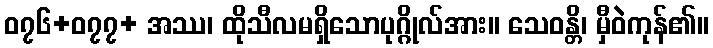
၀၇၆+၀၇၇+ အဿ၊ ထိုသီလမရှိသောပုဂ္ဂိုလ်အား။ သေဝန္တိ၊ မှီဝဲကုန်၏။